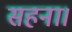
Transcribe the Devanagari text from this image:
सहना।